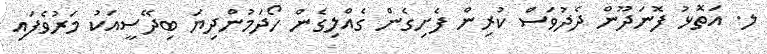
ލ. އަތޮޅު ފޮނަދޫން ދެދުވަސް ކުރިން ފެށިގެން ގެއްލިގެން ހޯދަމުންދިޔަ ބިދޭސީއަކު މަރުވެފައި